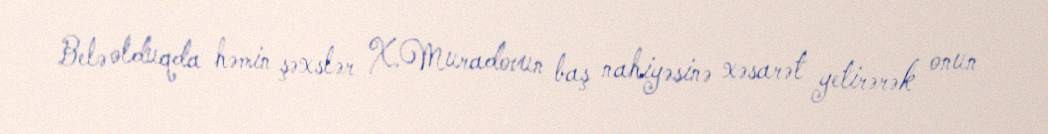
Belə olduqda həmin şəxslər X.Muradovun baş nahiyəsinə xəsarət yetirərək onun